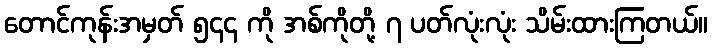
တောင်ကုန်းအမှတ် ၅၄၄ ကို အစ်ကိုတို့ ၇ ပတ်လုံးလုံး သိမ်းထားကြတယ်။